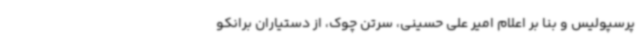
پرسپولیس و بنا بر اعلام امیر علی حسینی، سرتن چوک، از دستیاران برانکو